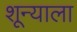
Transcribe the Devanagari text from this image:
शून्याला